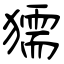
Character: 獳